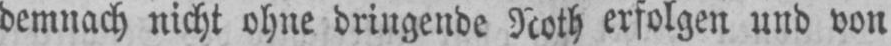
demnach nicht ohne dringende Noth erfolgen und von